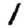
Digit: 1